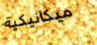
ميكانيكية